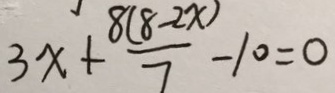
3 x + \frac { 8 ( 8 - 2 x ) } { 7 } - 1 0 = 0